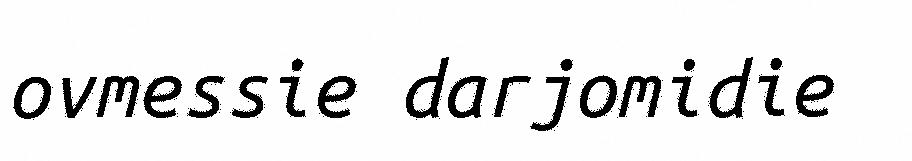
ovmessie darjomidie